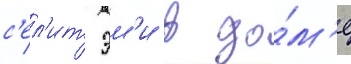
с'ел'ит эм'и в до́м'е